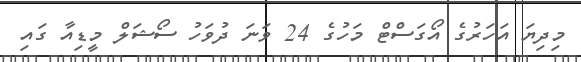
މިދިޔަ އަހަރުގެ އޯގަސްޓް މަހުގެ 24 ވަނަ ދުވަހު ސޯޝަލް މީޑިއާ ގައި